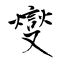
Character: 燮